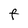
Character: F